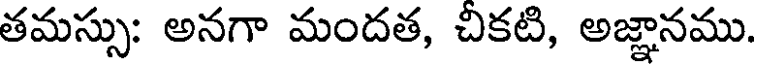
తమస్సు: అనగా మందత, చికటి, అజ్ఞానము.